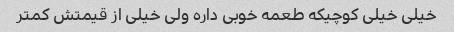
خیلی خیلی کوچیکه طعمه خوبی داره ولی خیلی از قیمتش کمتر